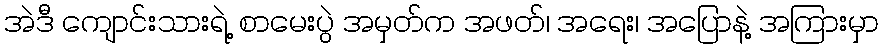
အဲဒီ ကျောင်းသားရဲ့ စာမေးပွဲ အမှတ်က အဖတ်၊ အရေး၊ အပြောနဲ့ အကြားမှာ